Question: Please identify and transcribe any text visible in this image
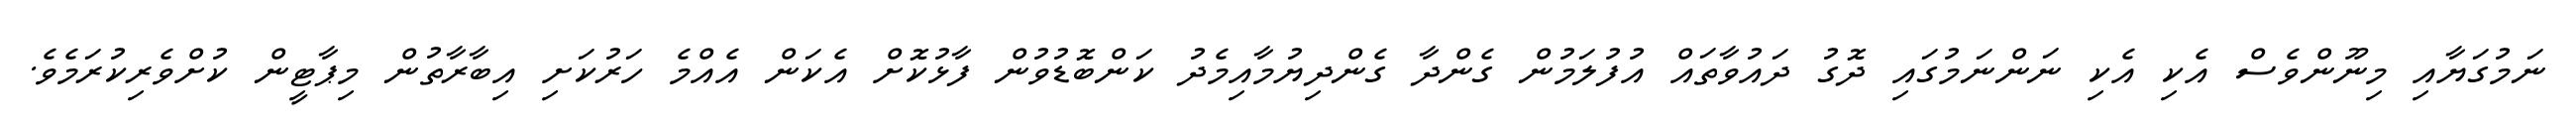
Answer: ނަމުގަޔާއި މިނޫންވެސް އެކި އެކި ނަންނަމުގައި ދޮގު ދައުވާތައް އުފުލަމުން ގެންދާ ގެންދިޔުމާއިމެދު ކަންބޮޑުވުން ފާޅުކޮށް އެކަން އެއްމެ ހަރުކަށި އިބާރާތުން މިޕާޓީން ކުށްވެރިކުރަމެވެ.